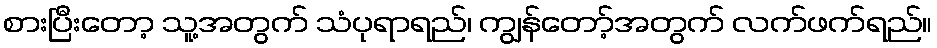
စားပြီးတော့ သူ့အတွက် သံပုရာရည်၊ ကျွန်တော့်အတွက် လက်ဖက်ရည်။